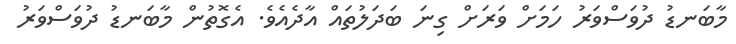
މާބަނޑު ދުވަސްވަރު ހަމަށް ވަރަށް ގިނަ ބަދަލުތައް އާދެއެވެ. އެގޮތުން މާބަނޑު ދުވަސްވަރު